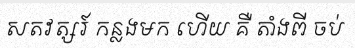
សតវត្សរ៍ កន្លងមក ហើយ គឺ តាំងពី ចប់